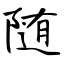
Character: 随